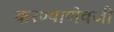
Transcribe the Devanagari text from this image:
करण्याणेवजी